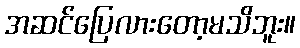
အဆင်ပြေလားတော့မသိဘူး။